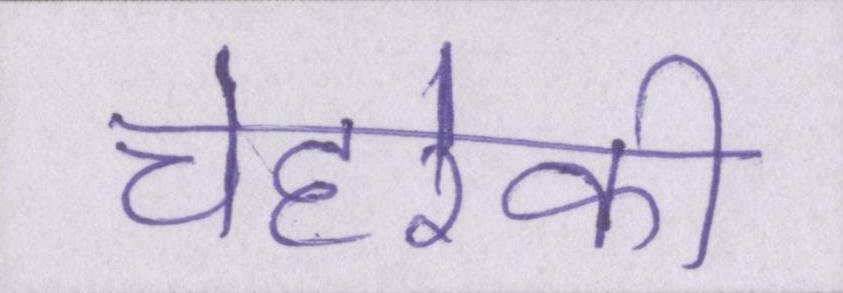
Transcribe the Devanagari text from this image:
चेहरेकी